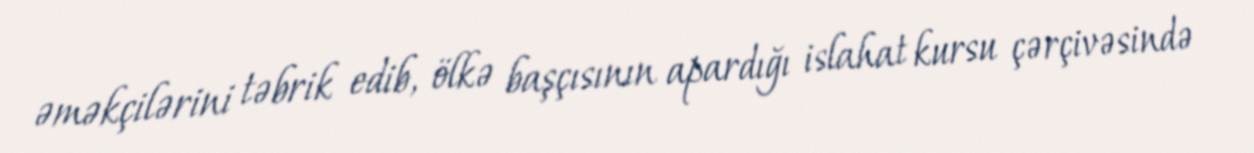
əməkçilərini təbrik edib, ölkə başçısının apardığı islahat kursu çərçivəsində